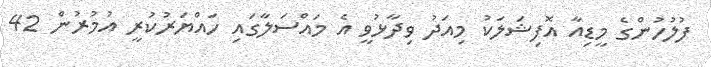
ފުލުހުންގެ މީޑިއާ އޮފިޝަލަކު މިއަދު ވިދާޅުވީ އެ މައްސަލާގައި ހައްޔަރުކުރީ އުމުރުން 42